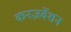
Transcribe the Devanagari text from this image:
कनज़र्वेशन